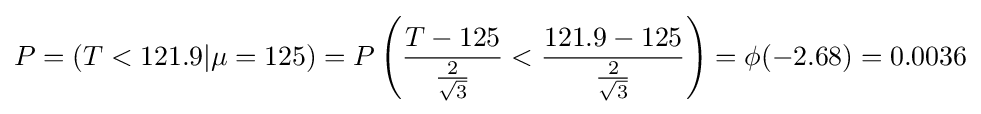
P=(T<121.9|\mu =125)=P\left({\frac {T-125}{\frac {2}{\sqrt {3}}}}<{\frac {121.9-125}{\frac {2}{\sqrt {3}}}}\right)=\phi (-2.68)=0.0036